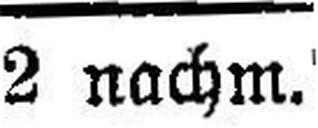
2 nachm.